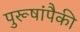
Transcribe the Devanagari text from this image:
पुरूषांपैकी